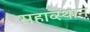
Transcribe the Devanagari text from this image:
सहाव्स्थान